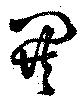
閧